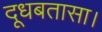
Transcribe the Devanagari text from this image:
दूधबतासा।